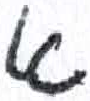
אות: א